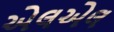
એલએલ